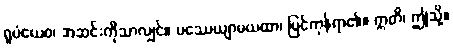
ရူပံယေဝ၊ အဆင်းကိုသာလျှင်။ ပဿေယျာမယထာ၊ မြင်ကုန်ရာ၏။ ဣတိ၊ ဤသို့။